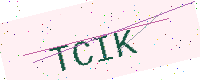
Text: TCIK